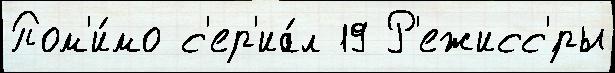
Пом'и́мо с'ер'иа́л 19 Р'ежисс'́ры